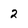
Character: 2